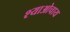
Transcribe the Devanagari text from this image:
श्याओचाय